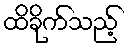
ထိခိုက်သည့်